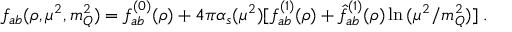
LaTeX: f _ { a b } ( \rho , \mu ^ { 2 } , m _ { Q } ^ { 2 } ) = f _ { a b } ^ { ( 0 ) } ( \rho ) + 4 \pi \alpha _ { s } ( \mu ^ { 2 } ) [ f _ { a b } ^ { ( 1 ) } ( \rho ) + \hat { f } _ { a b } ^ { ( 1 ) } ( \rho ) \ln { ( \mu ^ { 2 } / m _ { Q } ^ { 2 } ) } ] \; .